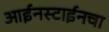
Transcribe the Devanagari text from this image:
आईनस्टाईनचा